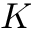
{ \cal K }